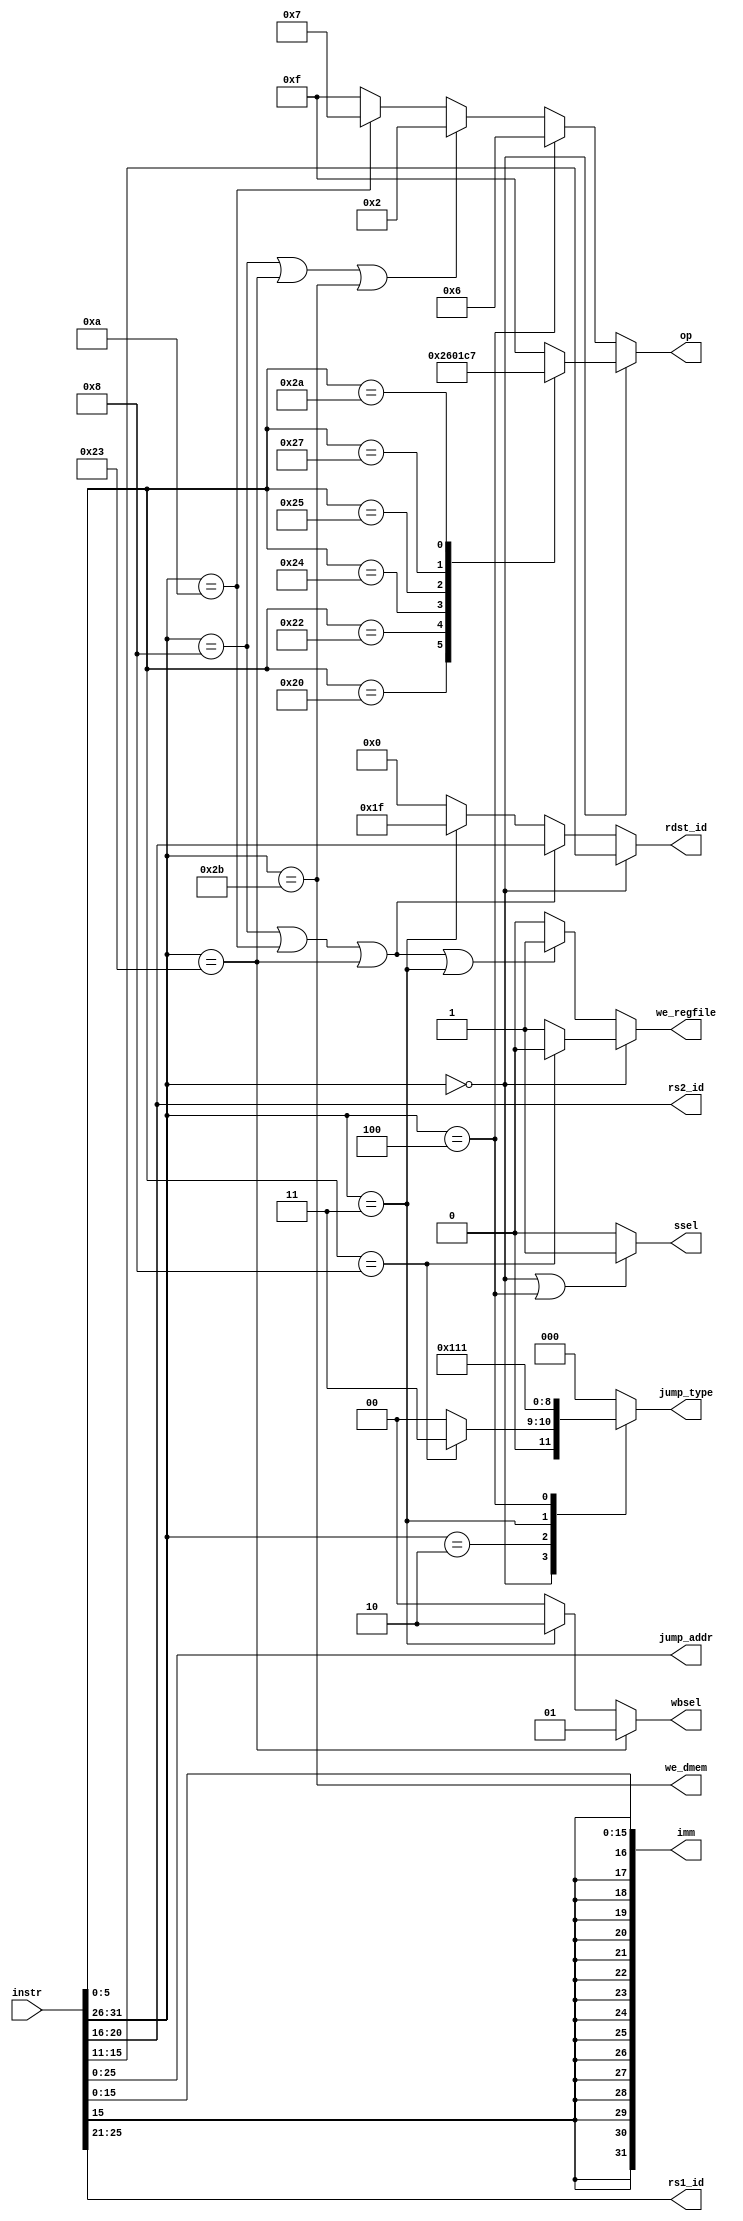
module decode #(
    parameter DWIDTH = 32
)(
    input [DWIDTH-1:0]      instr,

    output reg [3 : 0]      op,
    output reg              ssel,
    output reg [1 : 0]      wbsel,
    output reg              we_regfile,
    output reg              we_dmem,
    output reg [2 : 0]      jump_type,
    output reg [25 : 0]     jump_addr,

    output reg [DWIDTH-1:0] imm,
    output reg [4 : 0]      rs1_id,
    output reg [4 : 0]      rs2_id,
    output reg [4 : 0]      rdst_id
);

    // Opcode
    localparam [5:0] OP_R_TYPE = 6'b00_0000,
                     OP_ADDI   = 6'b00_1000,
                     OP_SLTI   = 6'b00_1010,
                     OP_LW     = 6'b10_0011,
                     OP_SW     = 6'b10_1011,
                     OP_BEQ    = 6'b00_0100,
                     OP_JAL    = 6'b00_0011,
                     OP_J      = 6'b00_0010;
    
    // Funct of R TYPE Instructions
    localparam [5:0] FUNCT_ADD = 6'b10_0000,
                     FUNCT_SUB = 6'b10_0010,
                     FUNCT_AND = 6'b10_0100,
                     FUNCT_OR  = 6'b10_0101,
                     FUNCT_NOR = 6'b10_0111,
                     FUNCT_SLT = 6'b10_1010,
                     FUNCT_JR  = 6'b00_1000;

    // ALU Opcode
    localparam [3:0] ALU_OP_AND = 4'b0000,
                     ALU_OP_OR  = 4'b0001,
                     ALU_OP_ADD = 4'b0010,
                     ALU_OP_SUB = 4'b0110,
                     ALU_OP_NOR = 4'b1100,
                     ALU_OP_SLT = 4'b0111,
                     ALU_OP_NOP = 4'b1111;

    // Jump type
    localparam [2:0] J_TYPE_NOP = 3'b000,
                     J_TYPE_BEQ = 3'b001,
                     J_TYPE_JAL = 3'b010,
                     J_TYPE_JR  = 3'b011,
                     J_TYPE_J   = 3'b100;

    wire [ 5:0] opcode;
    wire [ 4:0] rs;
    wire [ 4:0] rt;
    wire [ 4:0] rd;
    wire [ 4:0] shamt;
    wire [ 5:0] funct;
    wire [15:0] immediate;
    wire [25:0] address;

    wire        is_r_type;
    wire        is_addi;
    wire        is_slti;
    wire        is_lw;
    wire        is_sw;
    wire        is_beq;
    wire        is_jal;
    wire        is_j;

    assign opcode    = instr[31:26];
    assign rs        = instr[25:21];
    assign rt        = instr[20:16];
    assign rd        = instr[15:11];
    assign shamt     = instr[10: 6];
    assign funct     = instr[ 5: 0];
    assign immediate = instr[15: 0];
    assign address   = instr[25: 0];

    assign is_r_type = (opcode == OP_R_TYPE);
    assign is_addi   = (opcode == OP_ADDI);
    assign is_slti   = (opcode == OP_SLTI);
    assign is_lw     = (opcode == OP_LW);
    assign is_sw     = (opcode == OP_SW);
    assign is_beq    = (opcode == OP_BEQ);
    assign is_jal    = (opcode == OP_JAL);
    assign is_j      = (opcode == OP_J);
    
    // output signal 
    always @(*) begin
        if (is_r_type) begin
            case (funct)
                FUNCT_ADD: op = ALU_OP_ADD;
                FUNCT_SUB: op = ALU_OP_SUB;
                FUNCT_AND: op = ALU_OP_AND;
                FUNCT_OR:  op = ALU_OP_OR;
                FUNCT_NOR: op = ALU_OP_NOR;
                FUNCT_SLT: op = ALU_OP_SLT;
                default:   op = ALU_OP_NOP;
            endcase
        end else if (is_beq) begin
            op = ALU_OP_SUB;
        end else if (is_addi || is_lw || is_sw) begin
            op = ALU_OP_ADD;
        end else if (is_slti) begin
            op = ALU_OP_SLT;
        end else begin
            op = ALU_OP_NOP;
        end
    end

    always @(*) begin
        if (is_r_type || is_beq)
            ssel = 1; // select rs2
        else
            ssel = 0; // select imm
    end

    always @(*) begin
        if (is_lw)
            wbsel = 1; // select dmem out
        else if (is_jal)
            wbsel = 2; // select pc + 4
        else
            wbsel = 0; // select alu output
    end

    always @(*) begin
        if (is_r_type)
            we_regfile = (funct == FUNCT_JR) ? 0 : 1;
        else if (is_addi || is_slti || is_lw || is_jal)
            we_regfile = 1;
        else
            we_regfile = 0;
    end

    always @(*) begin
        we_dmem = is_sw;
    end

    always @(*) begin
        case (opcode)
            OP_R_TYPE: jump_type = (funct == FUNCT_JR) ? J_TYPE_JR : J_TYPE_NOP;
            OP_J:      jump_type = J_TYPE_J;
            OP_JAL:    jump_type = J_TYPE_JAL;
            OP_BEQ:    jump_type = J_TYPE_BEQ;
            default:   jump_type = J_TYPE_NOP;
        endcase
    end

    always @(*) begin
        jump_addr = address;
    end

    always @(*) begin
        imm = {{16{immediate[15]}}, immediate};
    end
    
    always @(*) begin
        rs1_id = rs;
    end

    always @(*) begin
        rs2_id = rt;
    end

    always @(*) begin
        if (is_r_type)
            rdst_id = rd;
        else if (is_addi || is_slti || is_lw)
            rdst_id = rt;
        else if (is_jal)
            rdst_id = 31;
        else
            rdst_id = 0;
    end

endmodule